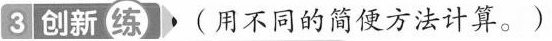
3 创新 练 ( 用不同的简便方法计算。)